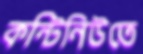
কন্টিনিউতে